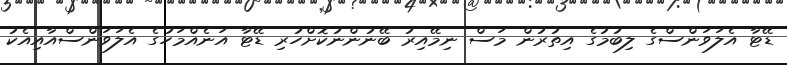
ޑޭޓާ އެލަވަންސްގެ ލިބުމުގެ އިތުރުން މަސް ނިމޭއިރު ބޭނުންނުކޮށްހުރި ޑޭޓާ އަނެއްމަހުގެ އެލަވަންސްއާއިއެކު